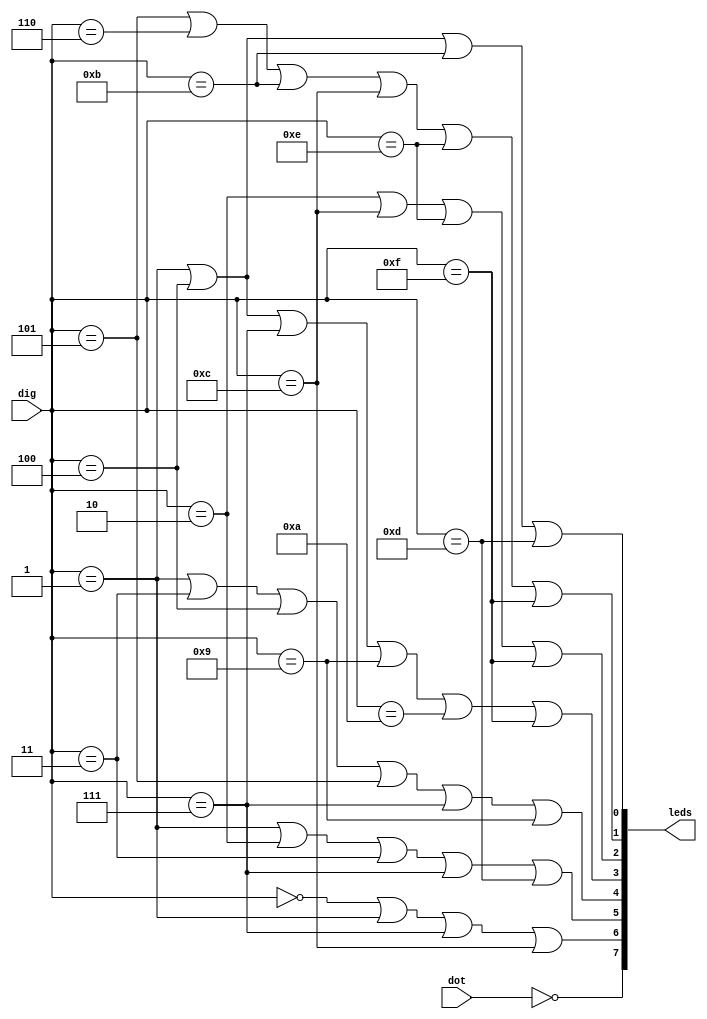
// ============================================================================
//   Ver  :| Author					:| Mod. Date :| Changes Made:
//   V1.0 :| viCppDev			    :| 10/06/2020:| Module first version
// ============================================================================

module SevSegController(input [3:0]dig, input  dot, output [7:0]leds);

	 wire [7:0]reg_leds;

	 assign reg_leds[0] = ((dig==4'h1) | (dig==4'h4) | (dig==4'hb) | (dig==4'hd));
	 assign reg_leds[1] = ((dig==4'h5) | (dig==4'h6) | (dig==4'hb) | (dig==4'hc) | (dig==4'he) | (dig==4'hf));
	 assign reg_leds[2] = ((dig==4'h2) | (dig==4'hc) | (dig==4'he) | (dig==4'hf));
	 assign reg_leds[3] = ((dig==4'h1) | (dig==4'h4) | (dig==4'h7) | (dig==4'h9) | (dig==4'ha) | (dig==4'hf));
	 
	 assign reg_leds[4] = ((dig==4'h1) | (dig==4'h3) | (dig==4'h4) | (dig==4'h5) | (dig==4'h7) | (dig==4'h9));
	 assign reg_leds[5] = ((dig==4'h1) | (dig==4'h2) | (dig==4'h3) | (dig==4'h7) | (dig==4'hd));
	 assign reg_leds[6] = ((dig==4'h0) | (dig==4'h1) | (dig==4'h7) | (dig==4'hc));
	 
	 assign reg_leds[7] = !dot;
	 
	 assign leds = reg_leds;	


endmodule